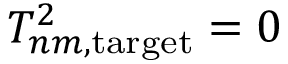
T _ { n m , \mathrm { t a r g e t } } ^ { 2 } = 0